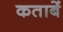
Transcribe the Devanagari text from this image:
कताबें